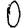
Digit: 0